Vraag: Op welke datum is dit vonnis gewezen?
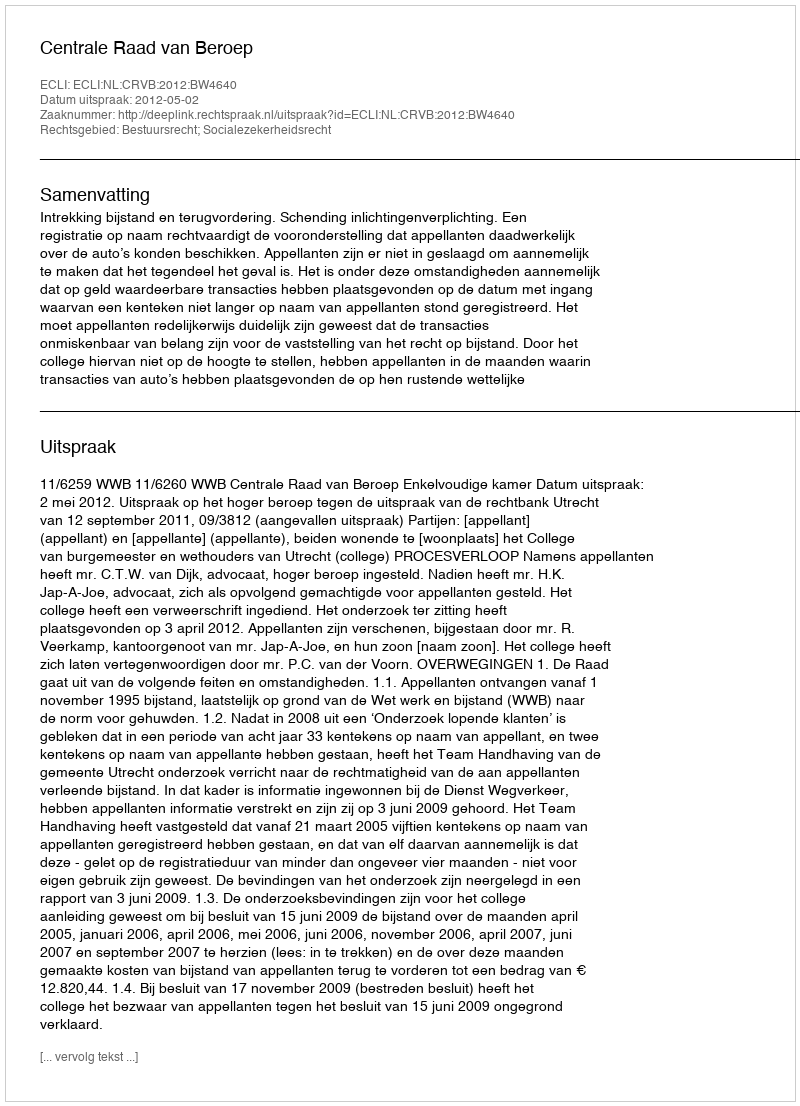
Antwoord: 2012-05-02